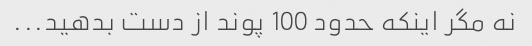
نه مگر اینکه حدود 100 پوند از دست بدهید...